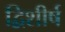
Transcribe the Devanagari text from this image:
द्विशीर्ष